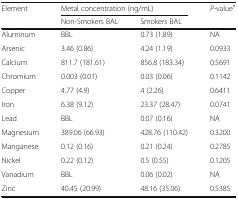
<table><thead><tr><td rowspan="2"><b>Element</b></td><td colspan="2"><b>Metal concentration (ng/mL)</b></td><td><b><i>P</i>-value<sup>a</sup></b></td></tr><tr><td><b>Non-Smokers BAL</b></td><td><b>Smokers BAL</b></td><td></td></tr></thead><tbody><tr><td>Aluminum</td><td>BBL</td><td>0.73 (1.89)</td><td>NA</td></tr><tr><td>Arsenic</td><td>3.46 (0.86)</td><td>4.24 (1.19)</td><td>0.0933</td></tr><tr><td>Calcium</td><td>811.7 (181.61)</td><td>856.8 (183.34)</td><td>0.5691</td></tr><tr><td>Chromium</td><td>0.003 (0.01)</td><td>0.03 (0.06)</td><td>0.1142</td></tr><tr><td>Copper</td><td>4.77 (4.9)</td><td>4 (2.26)</td><td>0.6411</td></tr><tr><td>Iron</td><td>6.38 (9.12)</td><td>23.37 (28.47)</td><td>0.0741</td></tr><tr><td>Lead</td><td>BBL</td><td>0.07 (0.16)</td><td>NA</td></tr><tr><td>Magnesium</td><td>389.06 (66.93)</td><td>428.76 (110.42)</td><td>0.3200</td></tr><tr><td>Manganese</td><td>0.12 (0.16)</td><td>0.21 (0.24)</td><td>0.2785</td></tr><tr><td>Nickel</td><td>0.22 (0.12)</td><td>0.5 (0.55)</td><td>0.1205</td></tr><tr><td>Vanadium</td><td>BBL</td><td>0.06 (0.02)</td><td>NA</td></tr><tr><td>Zinc</td><td>40.45 (20.99)</td><td>48.16 (35.06)</td><td>0.5385</td></tr></tbody></table>